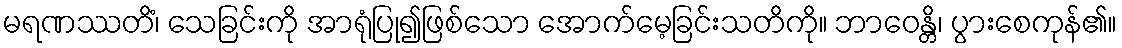
မရဏဿတိံ၊ သေခြင်းကို အာရုံပြု၍ဖြစ်သော အောက်မေ့ခြင်းသတိကို။ ဘာဝေန္တိ၊ ပွားစေကုန်၏။